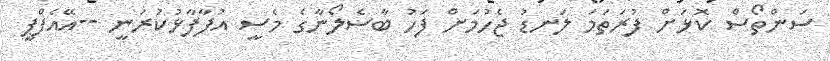
ސަންތޯސް ކޮޅަށް ފުރަތަމަ ލަނޑު ޖެހުމަށް ފަހު ބާސެލޯނާގެ މެސީ އުފާފާޅުކުރަނީ --އޭއެފްޕީ